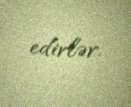
edirlər.